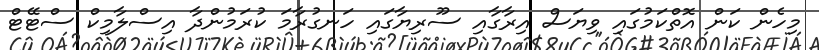
މިހެން ކަން އޮތްކަމުގައި ވިޔަސް އިރާގާއި ސޫރިޔާގައި ހަނގުރާމަ ކުރަމުންދާ އިސްލާމިކް ސްޓޭޓް